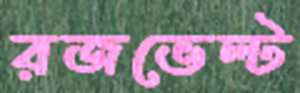
রজভেল্ট